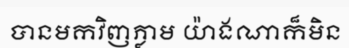
បានមកវិញភ្លាម យ៉ាងណាក៏មិន